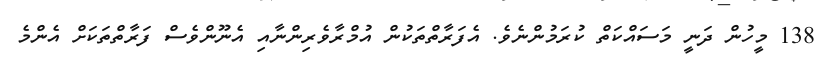
138 މީހުން ދަނީ މަސައްކަތް ކުރަމުންނެވެ. އެފަރާތްތަކުން އުމްރާވެރިންނާއި އެނޫންވެސް ފަރާތްތަކަށް އެންމެ